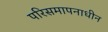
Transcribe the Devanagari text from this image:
परिसमापनाधीन